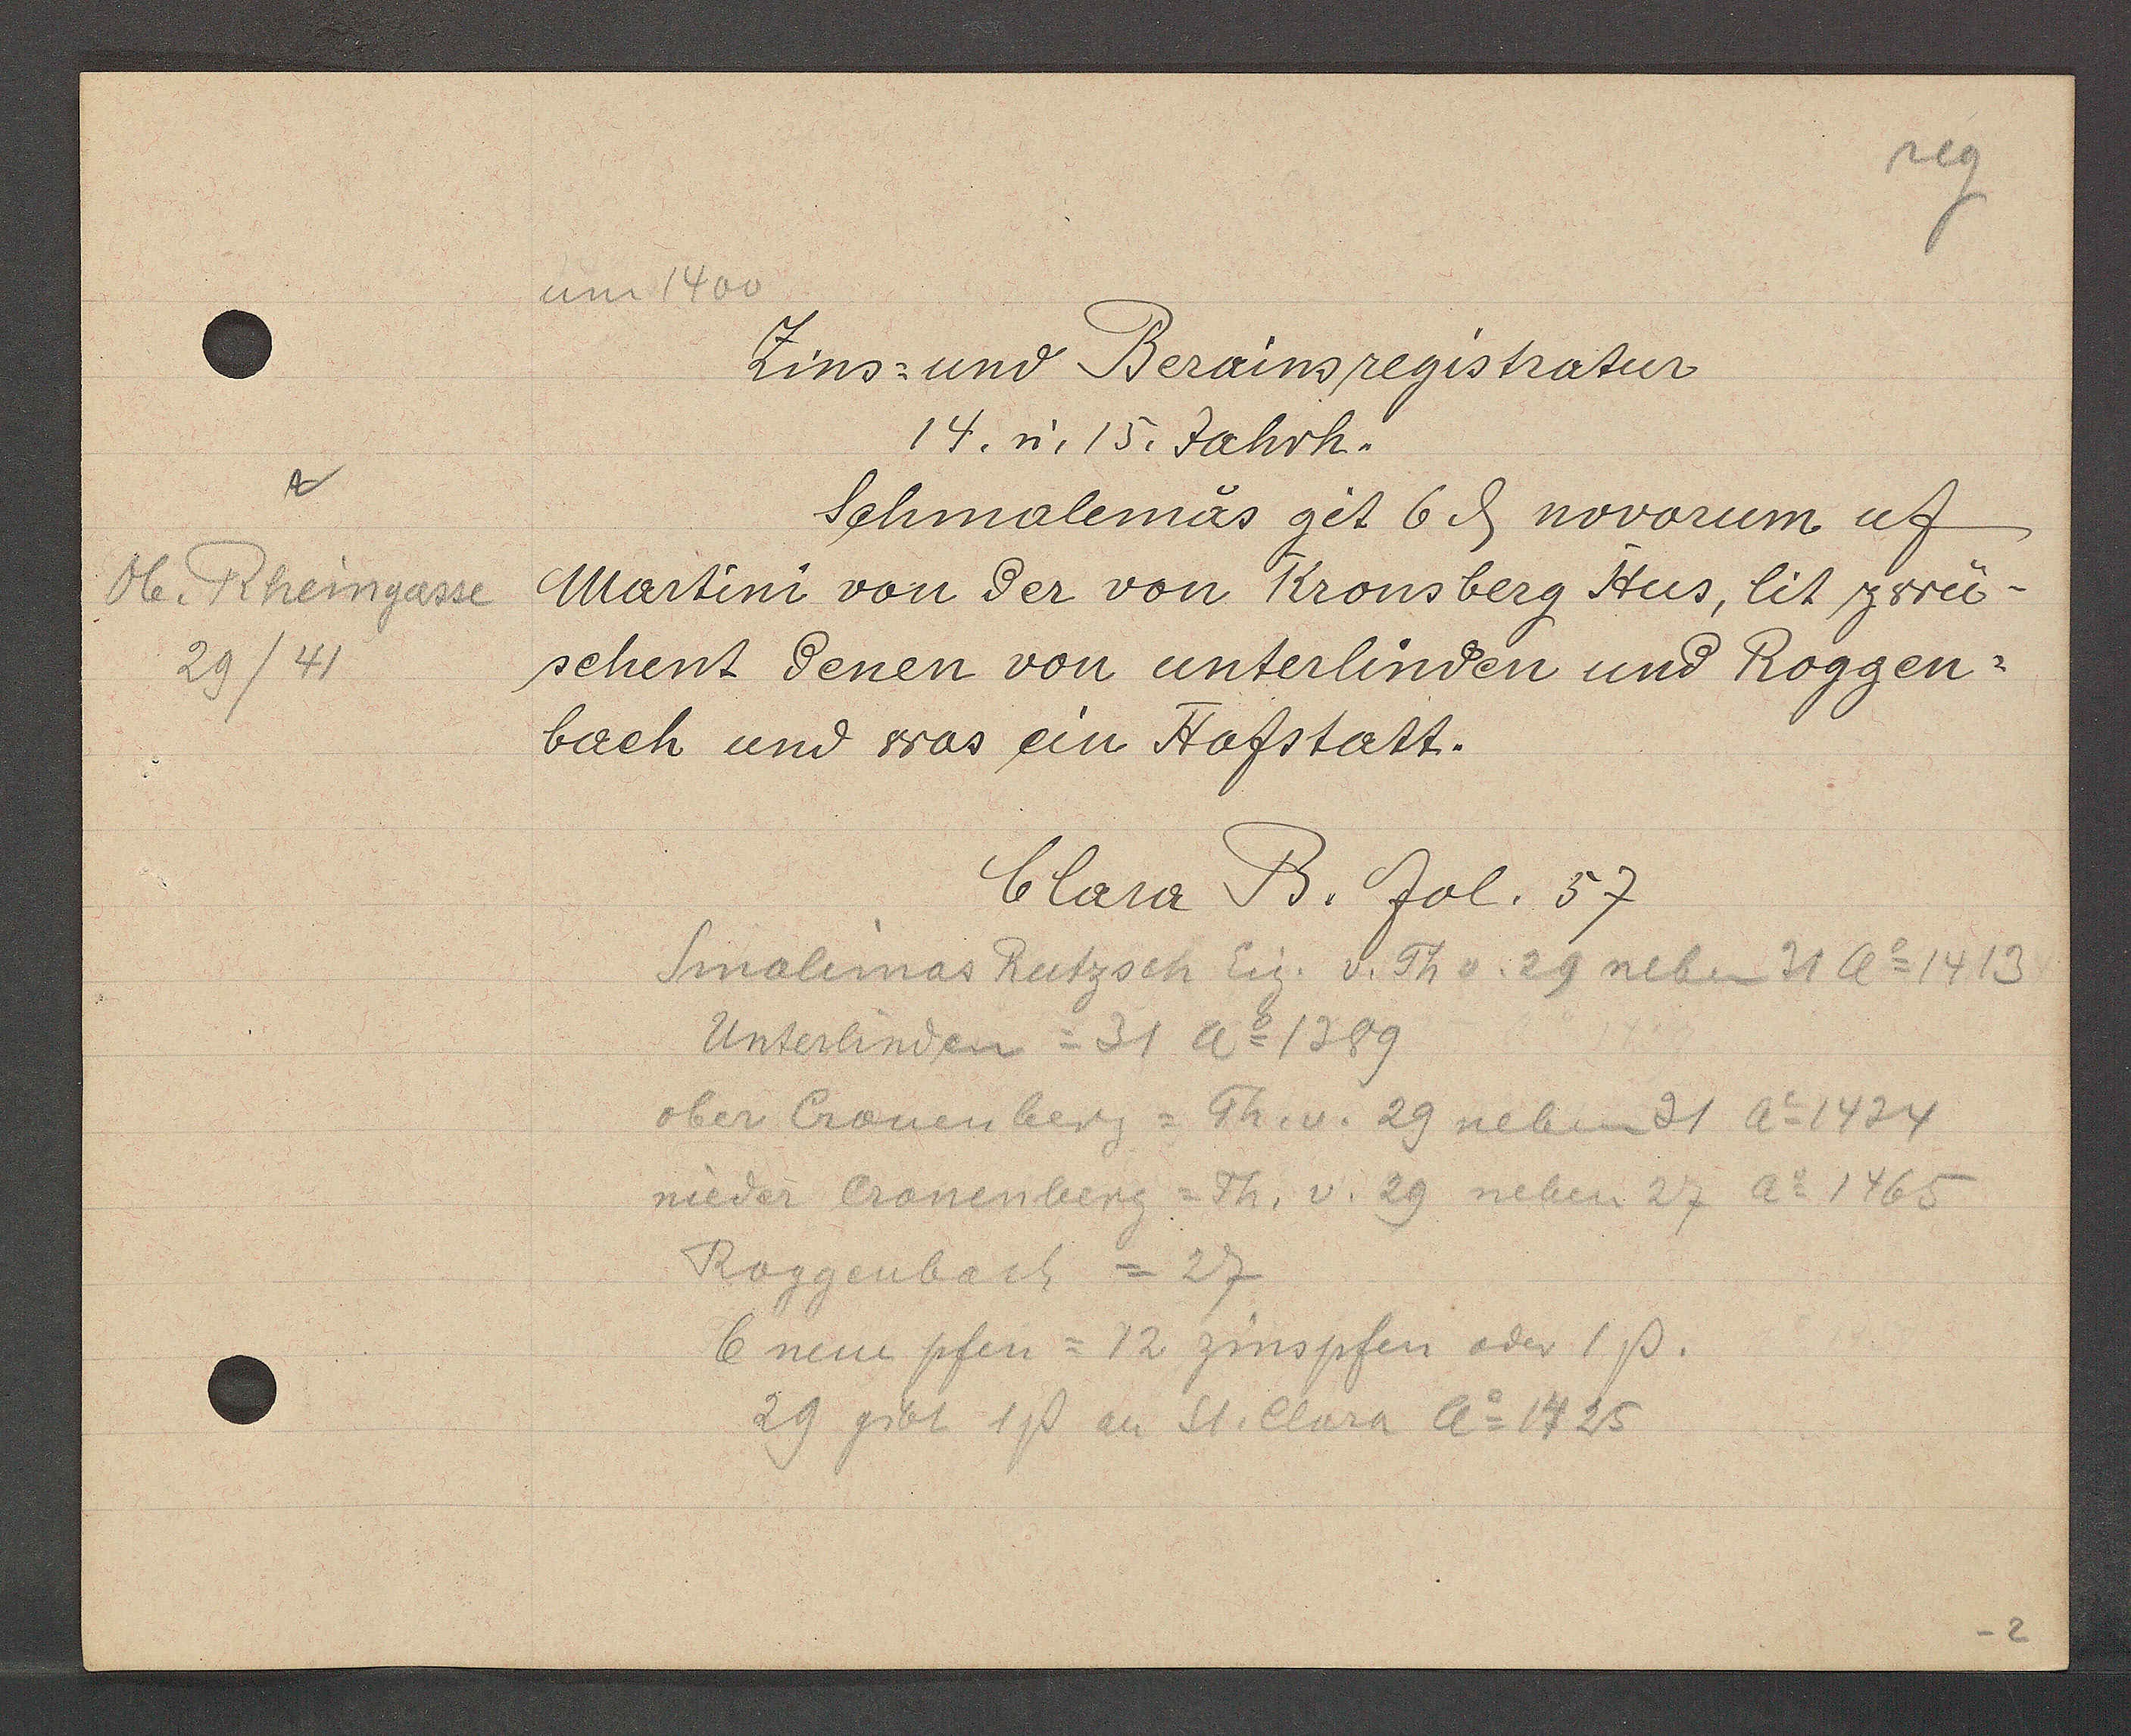
Transcript:
Me. Rheingasse
29/41

um 1400

Zins und Berainsregistratur
14. n. 15. Jahrh.
Schmalemas git 6 ȡ novorum uf
Martini von der von Kronsberg Hus, lit zwü¬
schent denen von unterlinden und Roggen¬
bach und was ein Hofstatt.

Clara B. fol. 57

Smalimas Rutzsch Eig. v. Th v. 29 neben 31 Ao 1413
Unterlinden = 31 Ao 1389
ober Cronenberg = Th. v. 29 neben 31 Ao 1424
nieder Cronenberg = Th. v. 29 neben 27 Ao 1465
Roggenbach = 27
6 neue pfen = 12 zinspfen oder 1ß.
29 gibt 1ß an St. Clara Ao 1425